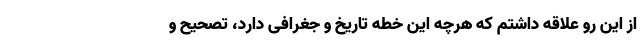
از این رو علاقه داشتم که هرچه این خطه تاریخ و جغرافی دارد، تصحیح و